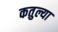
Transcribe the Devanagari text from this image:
कतुल्या